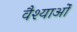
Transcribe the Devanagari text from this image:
वैश्याओं